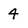
Character: 4